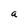
Character: a